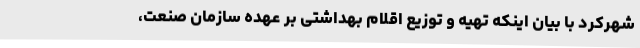
شهرکرد با بیان اینکه تهیه و توزیع اقلام بهداشتی بر عهده سازمان صنعت،